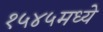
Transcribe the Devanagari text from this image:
१५४५मध्ये